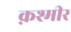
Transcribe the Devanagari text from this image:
क़श्मीर